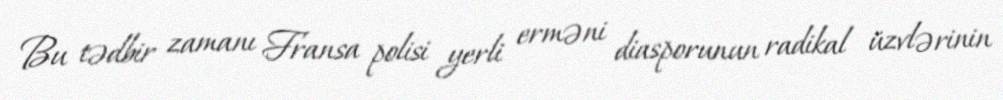
Bu tədbir zamanı Fransa polisi yerli erməni diasporunun radikal üzvlərinin